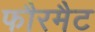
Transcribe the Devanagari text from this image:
फौरमैट